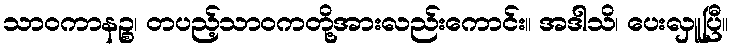
သာဝကာနဉ္စ၊ တပည့်သာဝကတို့အားလည်းကောင်း။ အဒါသိ၊ ပေးလှူပြီ။